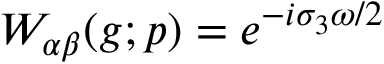
W _ { \alpha \beta } ( g ; p ) = e ^ { - i \sigma _ { 3 } \omega / 2 }